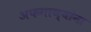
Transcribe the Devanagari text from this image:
अफगाण्यांना